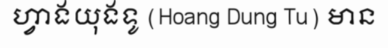
ហ្វាងយុងទូ (Hoang Dung Tu) មាន